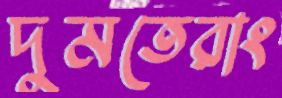
দুমতেরাং